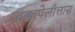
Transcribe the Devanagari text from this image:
हक्कापेलीत्तास